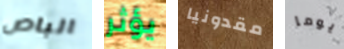
الباص يؤثر مقدونيا يوما